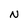
Character: N